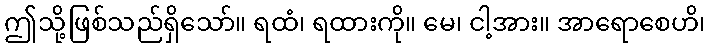
ဤသို့ဖြစ်သည်ရှိသော်။ ရထံ၊ ရထားကို။ မေ၊ ငါ့အား။ အာရောစေဟိ၊